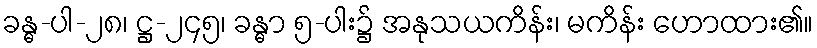
ခန္ဓ-ပါ-၂၈၊ ဋ္ဌ-၂၄၅၊ ခန္ဓာ ၅-ပါး၌ အနုသယကိန်း၊ မကိန်း ဟောထား၏။